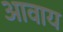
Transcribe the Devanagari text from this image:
आवाय